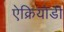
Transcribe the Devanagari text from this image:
ऐक्रियोडी